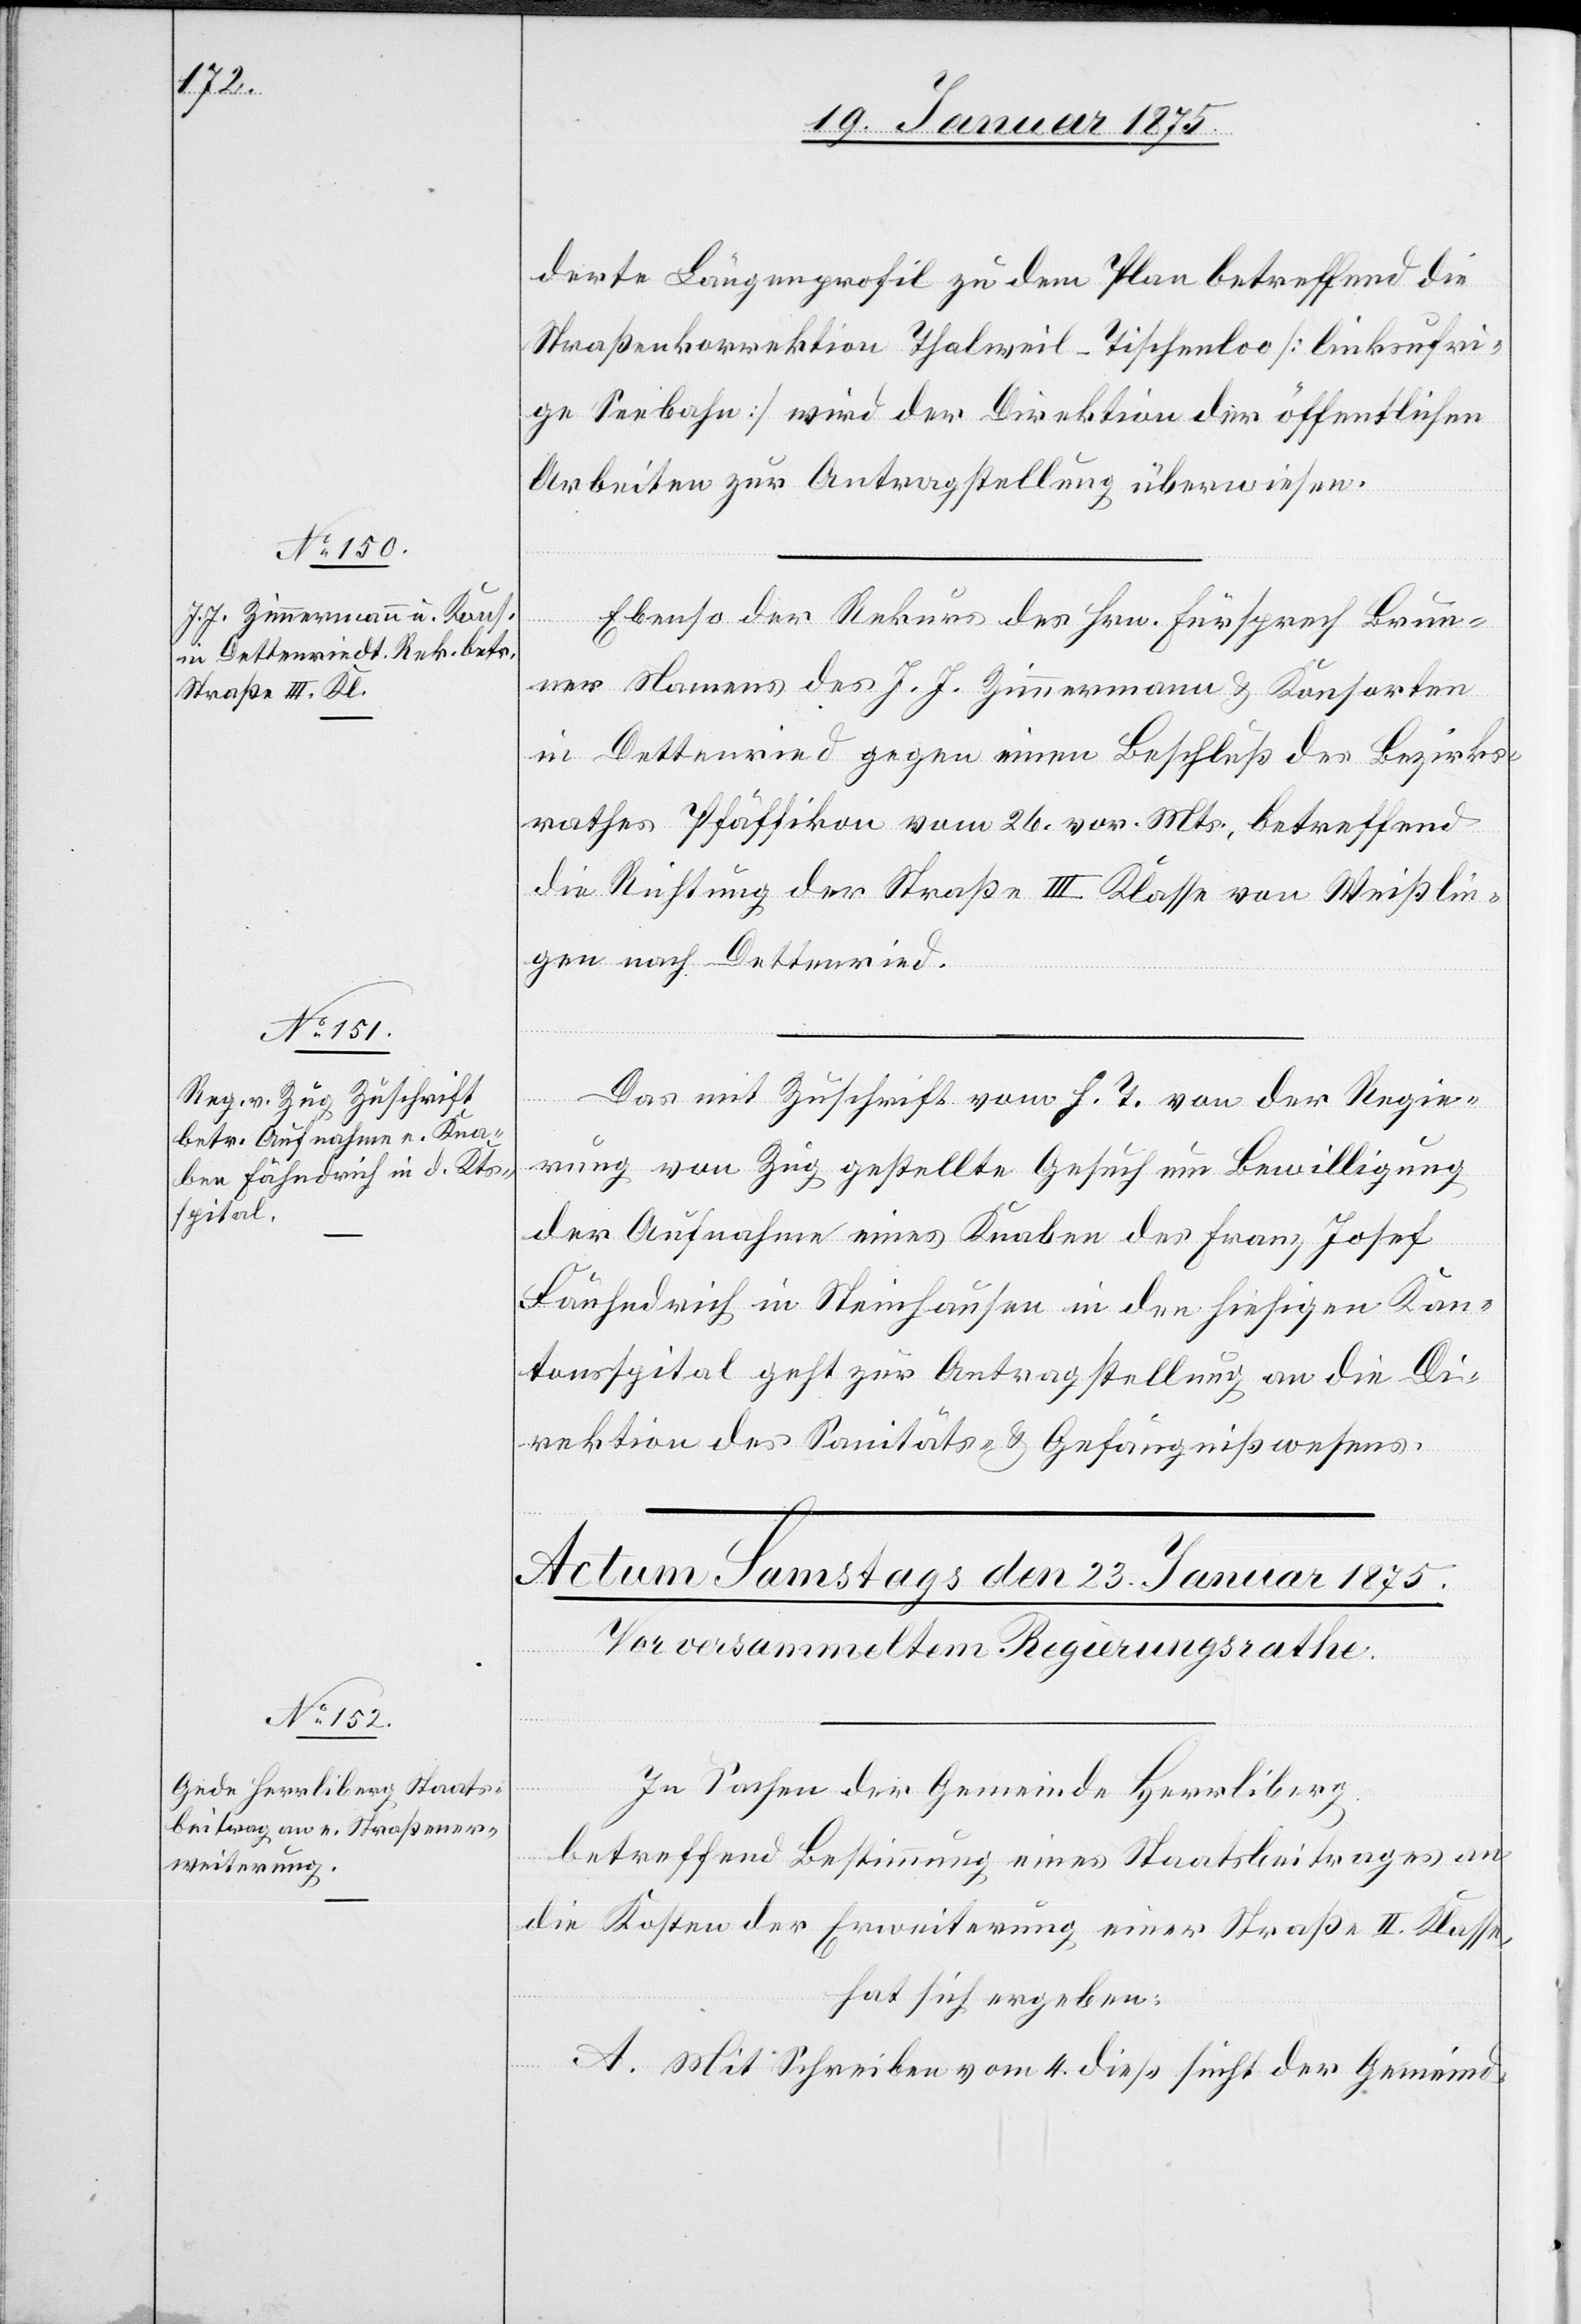
22. Januar 1875.]
derte Längenprofil zu dem Plan betreffend die
Straßenkorrektion Thalweil–Tischenloo (linksufri¬
ge Seebahn) wird der Direktion der öffentlichen
Arbeiten zur Antragstellung überwiesen.
Ebenso der Rekurs des Hrn. Fürsprech Brun¬
ner Namens des J. J. Zimmermann & Konsorten
in Dettenried[t] gegen einen Beschluß des Bezirks¬
rathes Pfäffikon vom 26. vor. Mts., betreffend
die Richtung der Straße III. Klasse von Weißlin¬
gen nach Dettenried[t].
Das mit Zuschrift vom h. T. von der Regie¬
rung von Zug gestellte Gesuch um Bewilligung
der Aufnahme eines Knaben des Franz Josef
Fähndrich in Steinhausen in den hiesigen Kan¬
tonsspital geht zur Antragstellung an die Di¬
rektion des Sanitäts- & Gefängnißwesens.
In Sachen der Gemeinde Herrliberg
betreffend Bestimmung eines Staatsbeitrages an
die Kosten der Erweiterung einer Straße II. Klasse,
hat sich ergeben:
A. Mit Schreiben vom 4. dieß sucht der Gemeind-